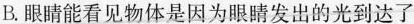
B.眼睛能看见物体是因为眼睛发出的光到达了